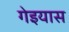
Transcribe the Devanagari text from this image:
गेइयास